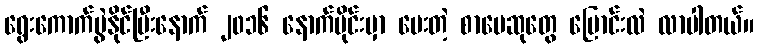
ရွေးကောက်ပွဲနိုင်ပြီးနောက် ၂၀၁၆ နောက်ပိုင်းမှာ ပေးတဲ့ စာပေဆုတွေ ပြောင်းလဲ လာပါတယ်။